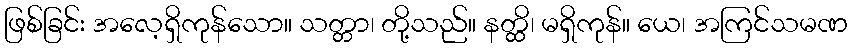
ဖြစ်ခြင်း အလေ့ရှိကုန်သော။ သတ္တာ၊ တို့သည်။ နတ္ထိ၊ မရှိကုန်။ ယေ၊ အကြင်သမဏ